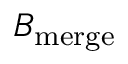
B _ { \mathrm { m e r g e } }